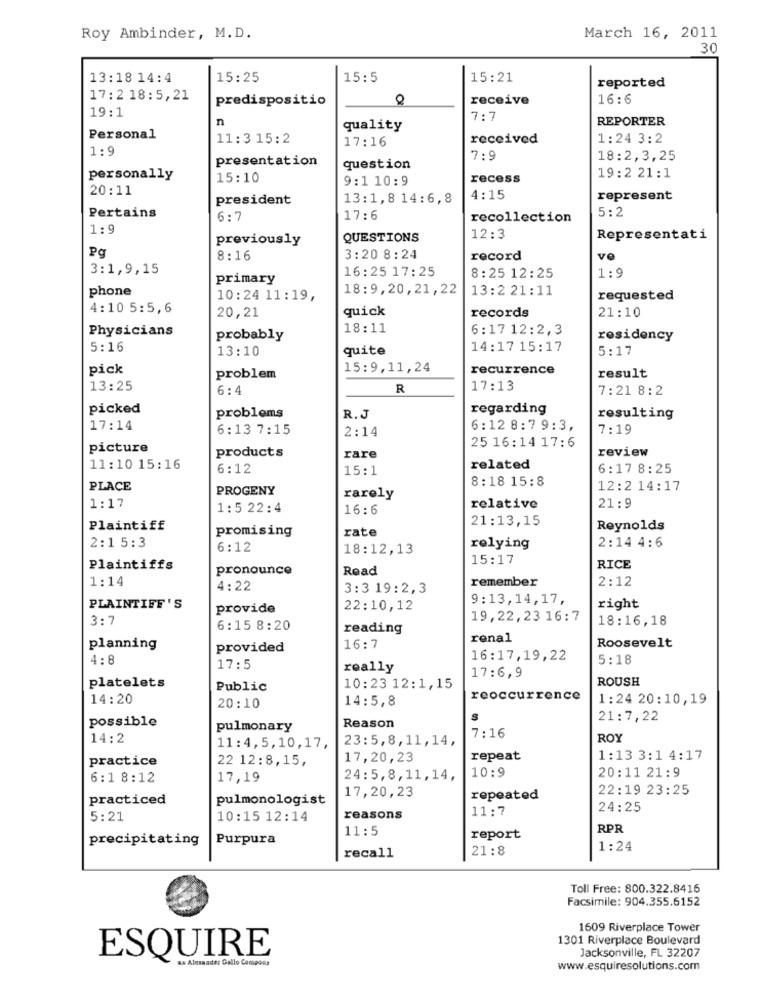
Roy Ambinder, M.D.
March 16, 2011
30
13:18 14:4
15:25
15:5
15:21
reported
17:2 18:5,21
predispositio
receive
16:6
19:1
n
7:7
REPORTER
quality
Personal
11:3 15:2
17:16
received
1:24 3:2
1:9
presentation
7:9
18:2,3,25
question
personally
15:10
9:1 10:9
recess
19:2 21:1
20:11
president
13:1,8 14:6,8
4:15
represent
Pertains
5:2
6:7
17:6
recollection
1:9
previously
QUESTIONS
12:3
Representati
Pa
8:16
3:20 8:24
record
ve
3:1,9,15
16:25 17:25
primary
8:25 12:25
1:9
phone
18:9,20,21,22
13:2 21:11
10:24 11:19,
requested
4:10 5:5, 6
quick
records
20,21
21:10
Physicians
18:11
6:17 12:2,3
probably
residency
5:16
13:10
quite
14:17 15:17
5:17
pick
15:9,11,24
recurrence
problem
result
13:25
6:4
R
17:13
7:21 8:2
picked
regarding
problems
R. J
resulting
17:14
6:13 7:15
2:14
6:12 8:7 9:3,
7:19
picture
25 16:14 17:6
review
products
rare
11:10 15:16
6:12
15:1
related
6:17 8:25
8:18 15:8
PLACE
PROGENY
12:2 14:17
rarely
1:17
1 : 5 22:4
16:6
relative
21:9
21:13,15
Plaintiff
rate
Reynolds
2:1 5:3
promising
2:14 4:6
6:12
18:12,13
relying
15:17
Plaintiffs
pronounce
Read
RICE
1:14
remember
2:12
4:22
3:3 19:2,3
9:13,14,17,
PLAINTIFF 'S
provide
22:10,12
right
3:7
19,22,23 16:7
18:16,18
6:15 8:20
reading
renal
planning
provided
16:7
Roosevelt
4: 8
16:17,19,22
5:18
17:5
really
platelets
17:6,9
ROUSH
Public
10:23 12:1,15
14:20
14:5,8
reoccurrence
1:24 20:10,19
20:10
possible
S
21:7,22
pulmonary
Reason
14:2
23:5,8,11,14,
7:16
ROY
11:4,5,10,17,
practice
22 12:8,15,
17,20,23
repeat
1:13 3:1 4:17
10:9
20:11 21:9
6:1 8:12
17,19
24:5,8,11,14,
22:19 23:25
practiced
pulmonologist
17,20,23
repeated
11:7
24:25
5:21
10:15 12:14
reasons
11:5
RPR
precipitating
Purpura
report
21:8
1:24
recall
Toll Free: 800.322.8416
Facsimile: 904.355.6152
1609 Riverplace Tower
1301 Riverplace Boulevard
Jacksonville, FL 32207
ESQUIRE
as Alexander Gallo Comgoes
www.esquiresolutions.com